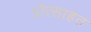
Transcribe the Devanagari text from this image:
प्रोत्साहत